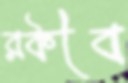
রকীব